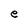
Character: e